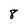
Character: 8